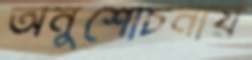
অনুশোচনায়